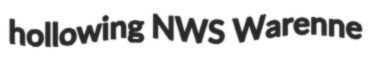
hollowing NWS Warenne